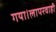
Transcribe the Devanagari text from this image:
गया।लापरवाही